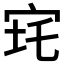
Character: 𡧪